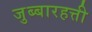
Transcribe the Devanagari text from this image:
जुब्बारहत्ती